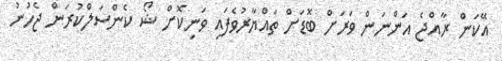
އޭކަން ރާއްޖެ އަންނަން ވަރަށް ބޮޑަށް ތައްޔާރުވެފައި ވަނިކޮށް ޝޯ ކެންސަލްކުރަން ޖެހުނު